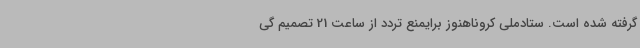
گرفته شده است. ستادملی کروناهنوز برایمنع تردد از ساعت 21 تصمیم گی